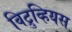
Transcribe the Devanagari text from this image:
विट्रुव्हियस